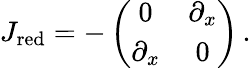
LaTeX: J_{\mathrm{red}}=-\left(\begin{array}{cc}{0}&{\partial_{x}}\\ {\partial_{x}}&{0}\end{array}\right)\, .